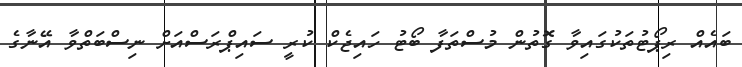
ބައެއް ރިޕޯޓުތަކުގައިވާ ގޮތުން މުސްތަފާ ބޯޓު ހައިޖެކް ކުރީ ސައިޕްރަސްއަށް ނިސްބަތްވާ އޭނާގެ